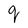
Character: q